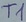
Text: T1